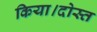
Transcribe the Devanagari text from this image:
किया।दोस्त